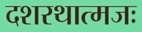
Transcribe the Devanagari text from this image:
दशरथात्मजः